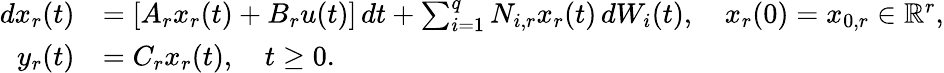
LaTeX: \begin{array}{rl}{dx_{r}(t)}&{=\left[A_{r}x_{r}(t)+{B_{r}}u(t)\right]\, dt+\sum_{i=1}^{q}{N}_{i,r}x_{r}(t)\, dW_{i}(t),\quad x_{r}(0)=x_{0,r}\in\mathbb R^{r},}\\ {y_{r}(t)}&{=C_{r}x_{r}(t),\quad t\geq 0.}\end{array}